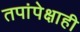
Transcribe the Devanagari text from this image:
तपांपेक्षाही